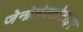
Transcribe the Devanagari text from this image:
जेनोलेक्टोटाइप